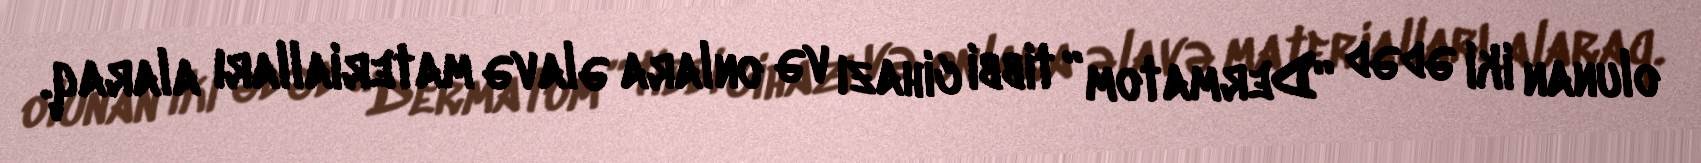
olunan iki ədəd “Dermatom” tibbi cihazı və onlara əlavə materialları alaraq.